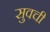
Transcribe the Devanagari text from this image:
सुवची